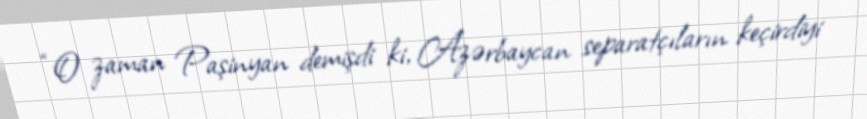
“O zaman Paşinyan demişdi ki, Azərbaycan separatçıların keçirdiyi